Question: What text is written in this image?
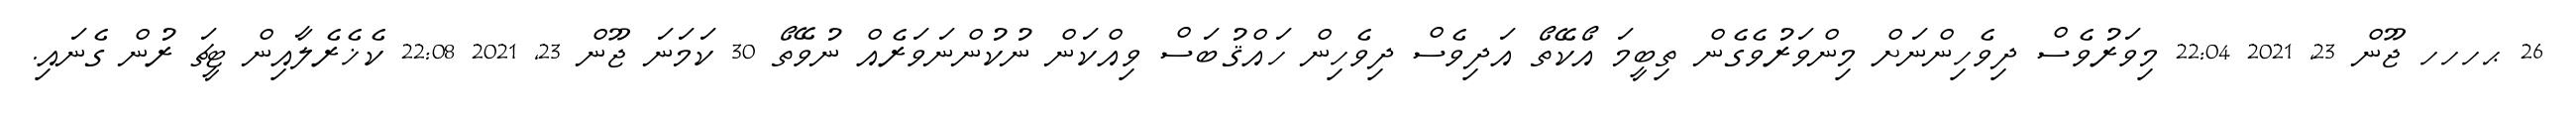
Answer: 26 ޙހހހ ޖޫން 23, 2021 22:04 މިވަރުވެސް ދިވެހިންނަށް މިންވަރުވެގެން ތިބީމަ އޯކޭތޯ އަދިވެސް ދިވެހިން ހައްޤުބަސް ވިއްކަން ނުކުންނަވަރެއް ނުވޭތޯ 30 ކަމަނަ ޖޫން 23, 2021 22:08 ކެޚެރެލާއިން ޓީޗަ ރުން ގެނައި.